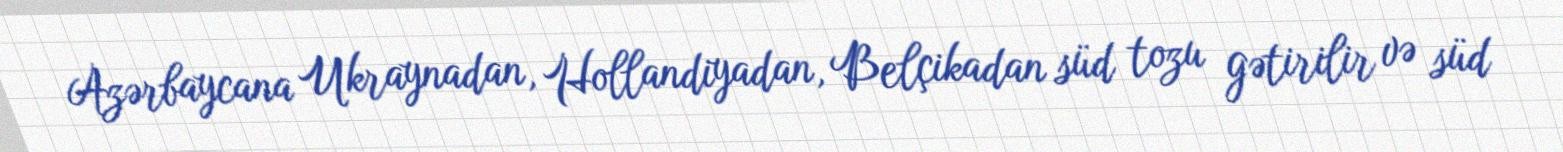
Azərbaycana Ukraynadan, Hollandiyadan, Belçikadan süd tozu gətirilir və süd